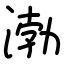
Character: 渤